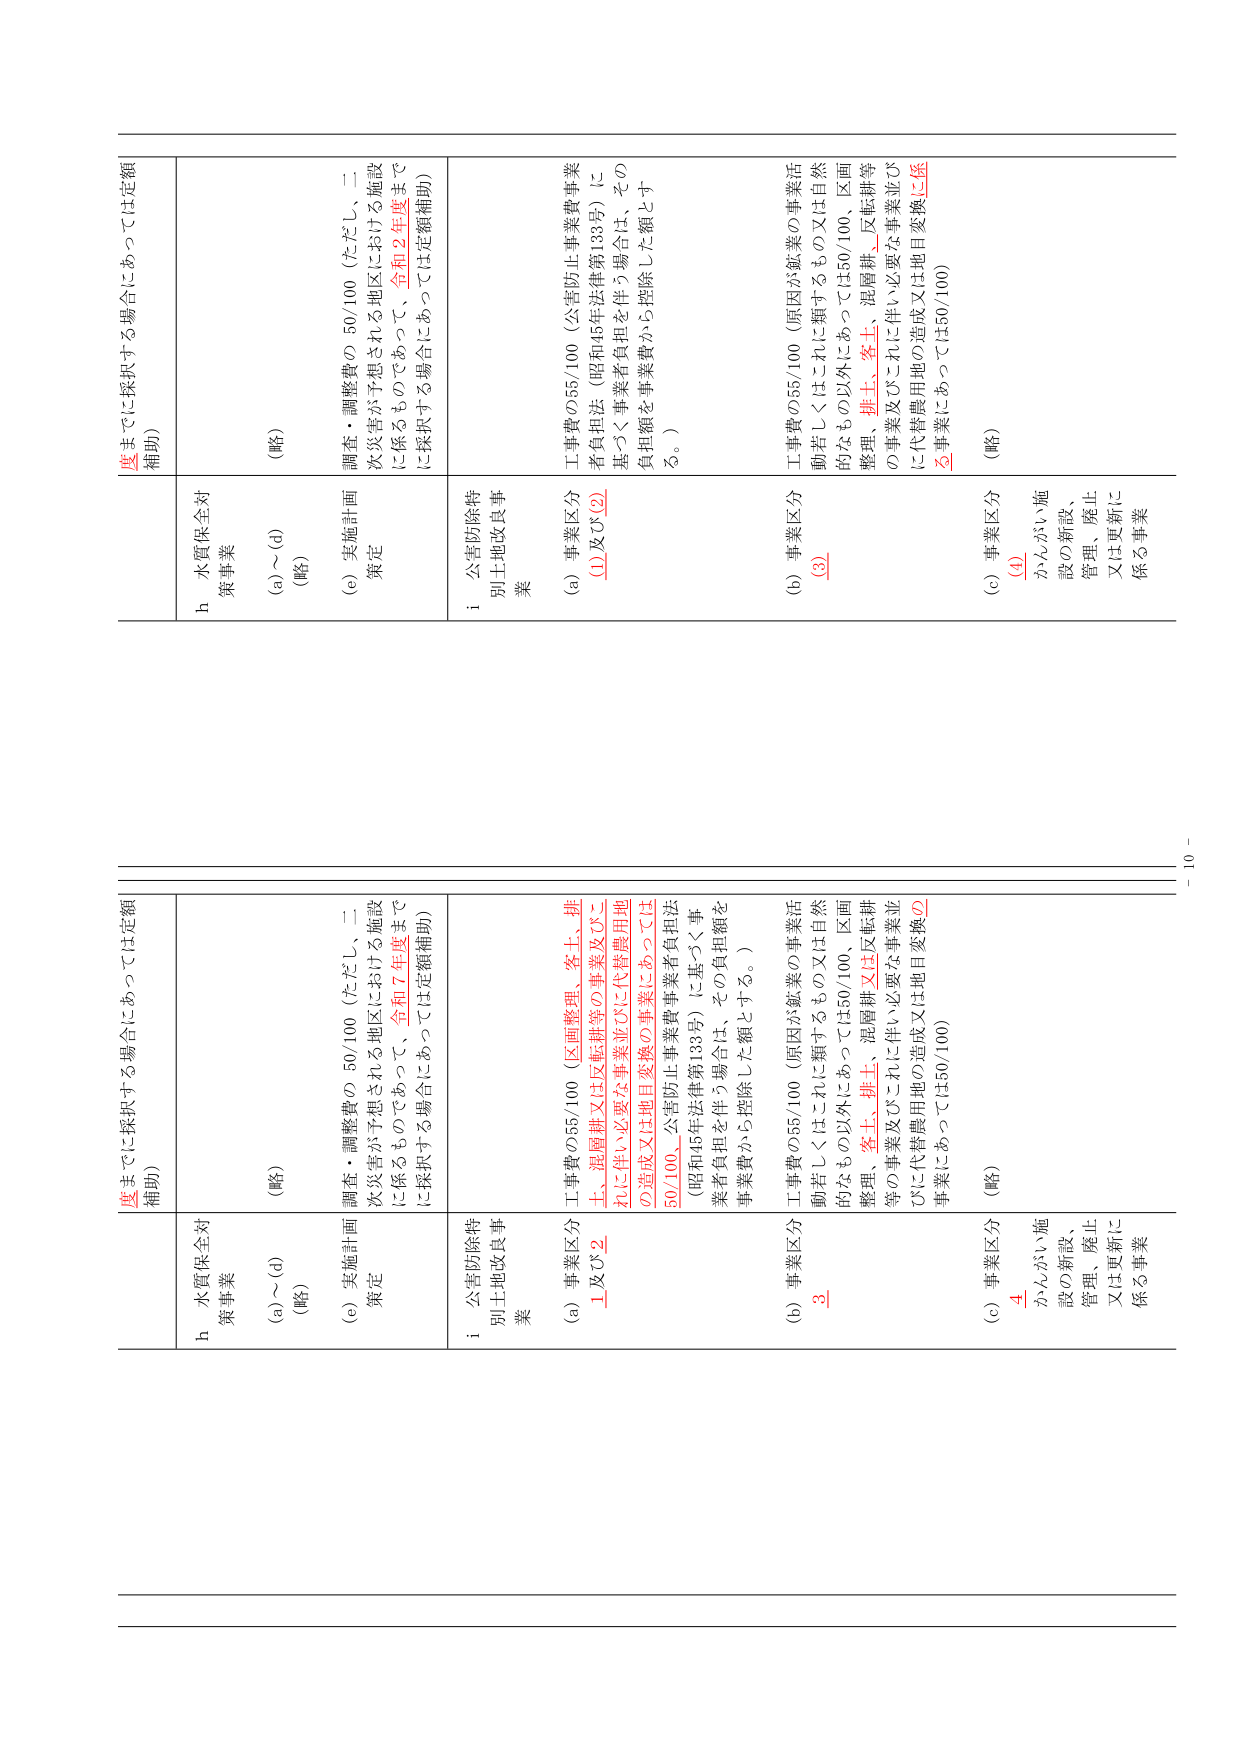
度までに採択する場合にあっては定額補助）

h 水質保全対策事業
（a）～（d）（略）
（e）実施計画策定
調査・調整費の 50/100（ただし、二次災害が予想される地区における施設に係るものであって、令和7年度までに採択する場合にあっては定額補助）

i 公害防除特別土地改良事業
（a）事業区分 1 及び 2
工事費の55/100（区画整理、客土、排土、混層耕又は区転耕等の事業及びこれに伴い必要な事業並びに代替農用地の造成又は地目変換の事業にあっては50/100。公害防止事業費事業者負担法（昭和45年法律第133号）に基づく事業者負担を伴う場合は、その負担額を事業費から控除した額とする。）

（b）事業区分 3
工事費の55/100（原因が鉱業の事業活動若しくはこれに類するもの又は自然的なもの以外にあっては50/100、区画整理、客土、排土、混層耕又は区転耕等の事業及びこれに伴い必要な事業並びに代替農用地の造成又は地目変換の事業にあっては50/100）

（c）事業区分 4
かんがい施設の新設、管理、廃止又は更新に係る事業
（略）

度までに採択する場合にあっては定額補助）

h 水質保全対策事業
（a）～（d）（略）
（e）実施計画策定
調査・調整費の 50/100（ただし、二次災害が予想される地区における施設に係るものであって、令和2年度までに採択する場合にあっては定額補助）

i 公害防除特別土地改良事業
（a）事業区分 ① 及び ②
工事費の55/100（公害防止事業費事業者負担法（昭和45年法律第133号）に基づく事業者負担を伴う場合は、その負担額を事業費から控除した額とする。）

（b）事業区分 ③
工事費の55/100（原因が鉱業の事業活動若しくはこれに類するもの又は自然的なもの以外にあっては50/100、区画整理、排土、客土、混層耕、区転耕等の事業及びこれに伴い必要な事業並びに代替農用地の造成又は地目変換に係る事業にあっては50/100）

（c）事業区分 ④
かんがい施設の新設、管理、廃止又は更新に係る事業
（略）

－ 10 －